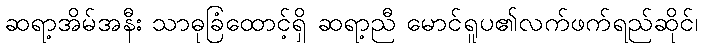
ဆရာ့အိမ်အနီး သာဓုခြံထောင့်ရှိ ဆရာ့ညီ မောင်ရူပ၏လက်ဖက်ရည်ဆိုင်၊